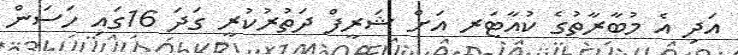
އަދި އެ މުބާރާތުގެ ކުއާޓަރ އަށް ޝަރީފް ދަތުރުކުރީ ގަދަ 16ގައި ހަސަން